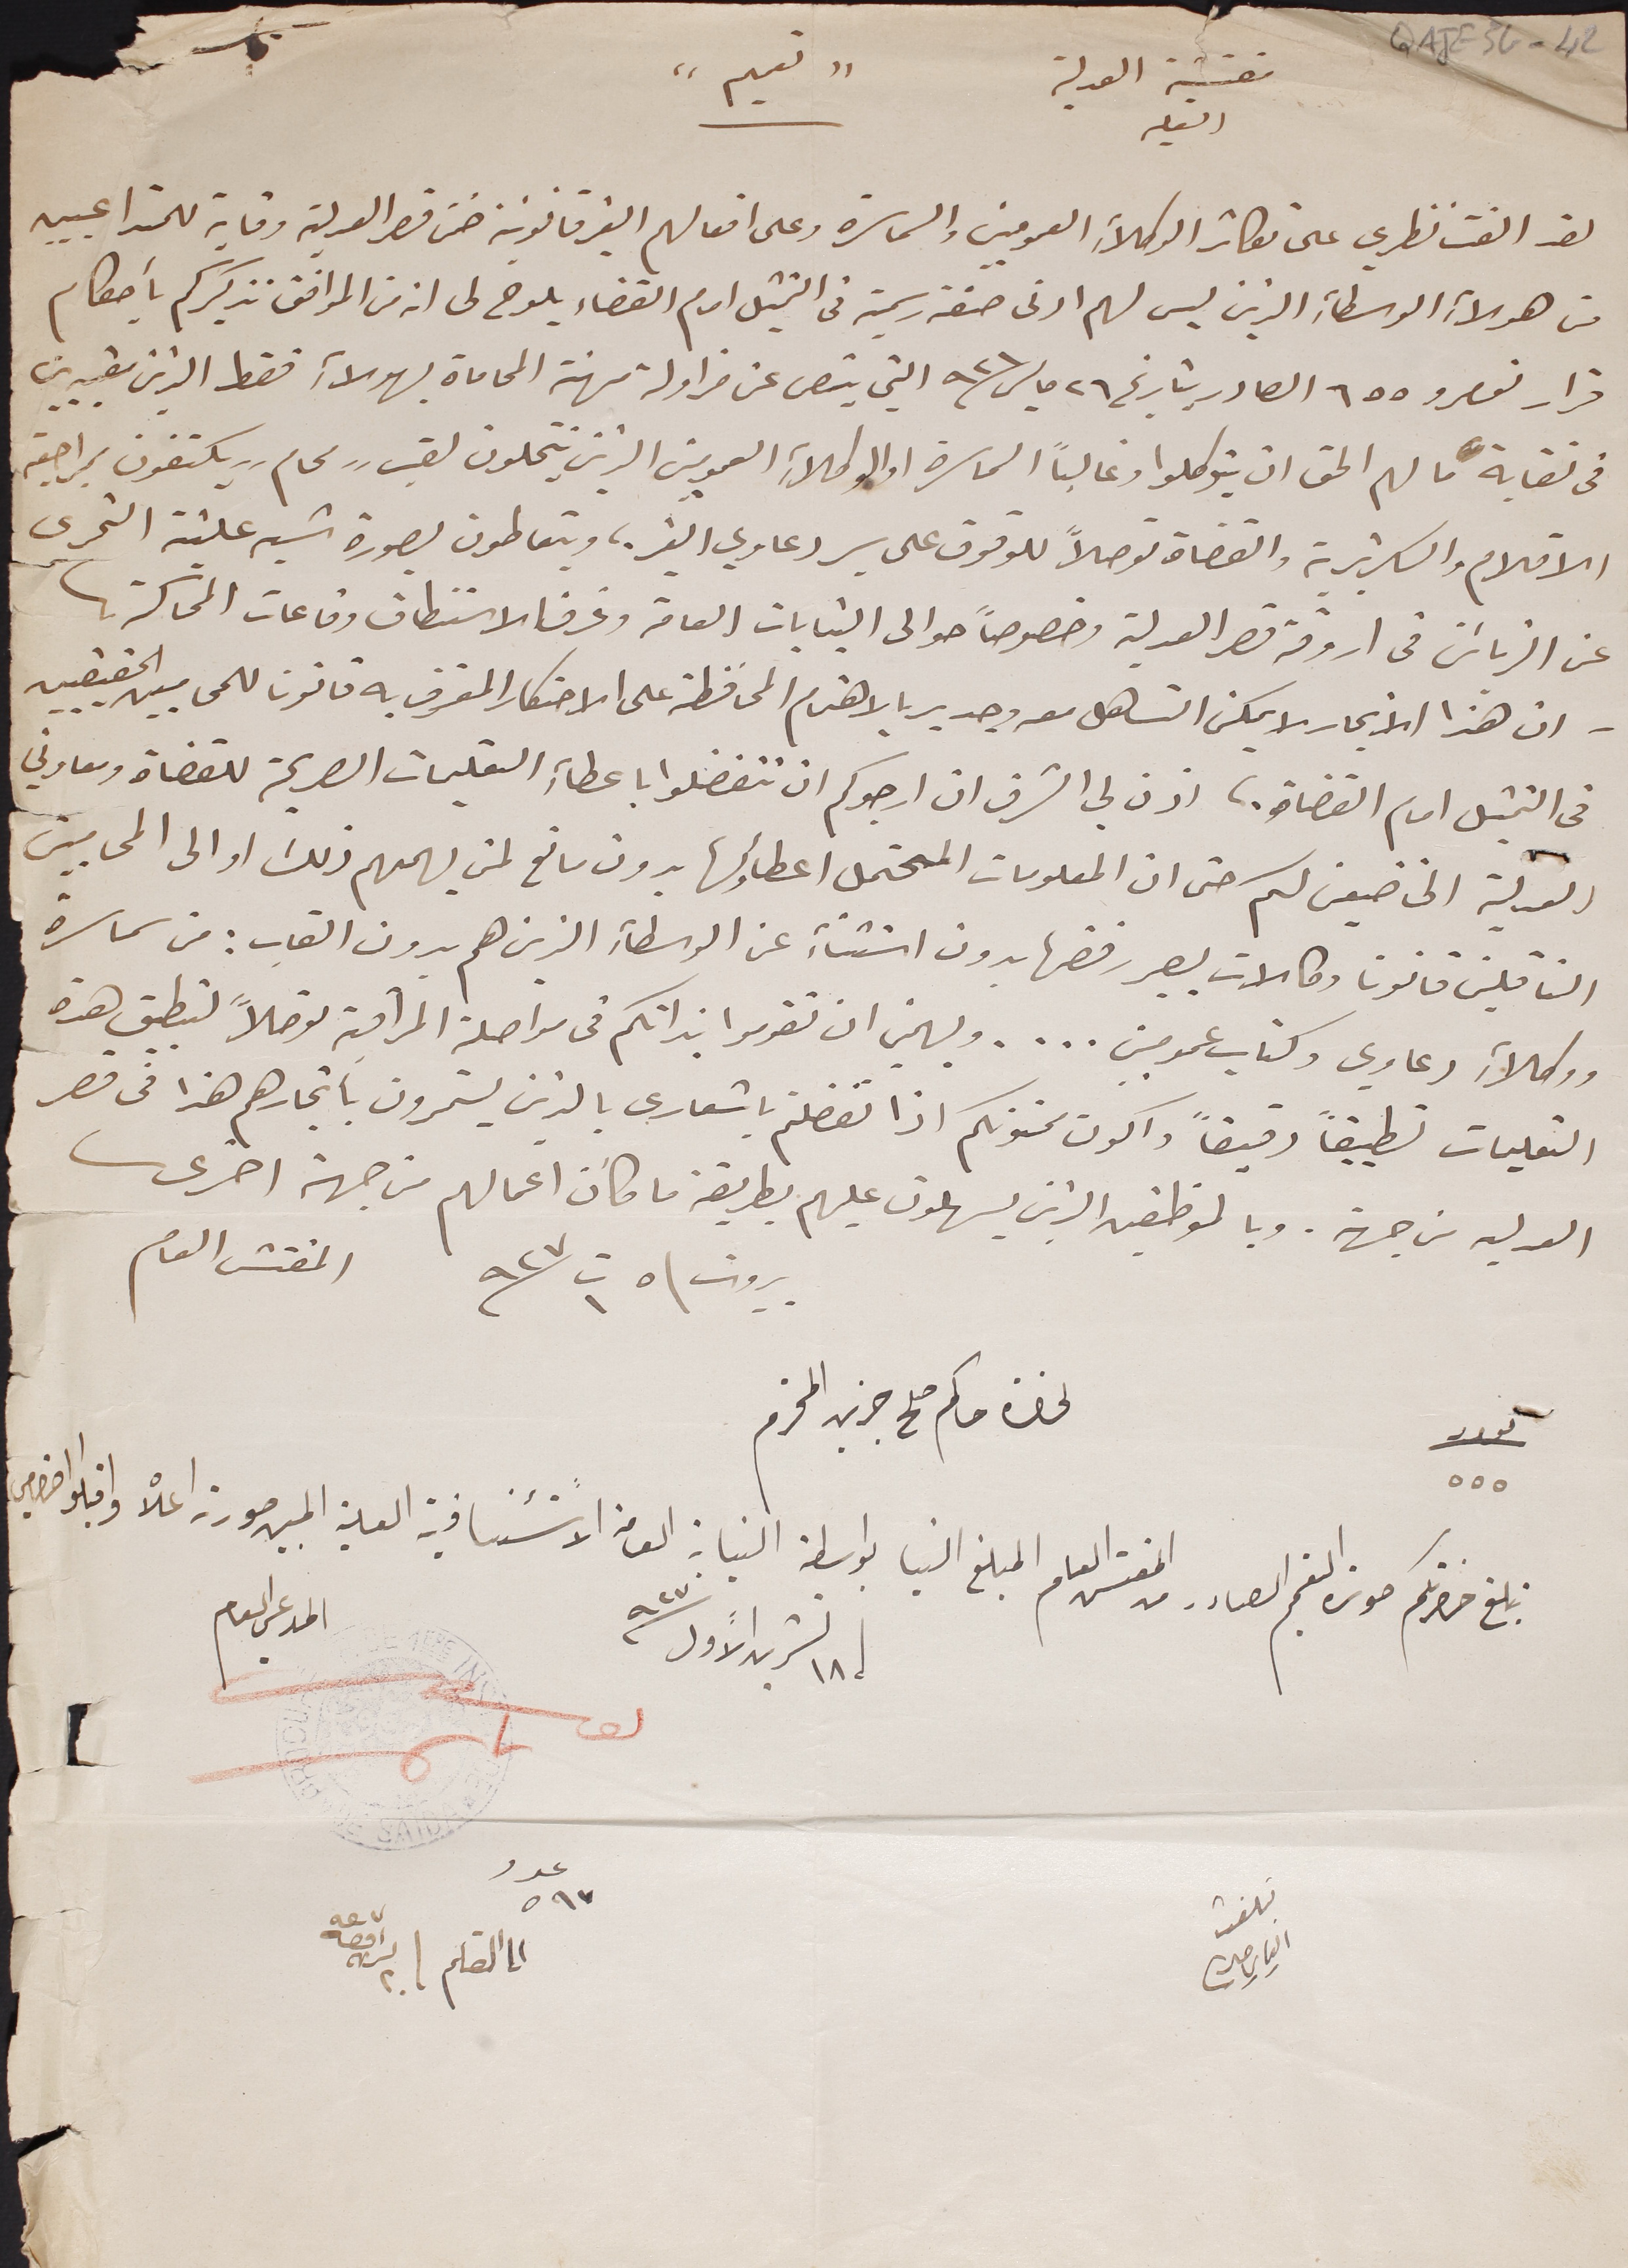
QAJE3G-42
مفتشية العدلية
" تعميم"
لقد الفت نظري على تكاثر الوكلاءِ العموميين والسماسره وعلى افعالهم الغير قانونية ضمن قصر العدليه وقاية للمتداعيين
من هؤلاءِ الوسطاءِ الذين ليس لهم ادنى صفة رسمية فى التمثيل امام القضاء يلوح لى انه من الموافق تذكيركم بأحكام
قرار نومرو ٦٥٥ الصادر بتاريخ ٢٦ مايس ٩٢١ التي ينص عن مزاولة مهنة المحاماة بهولاءِ فقط الذين مقيدين
في نقابة ما لهم الحق ان يتوكلوا وغالباً السماسرة او الوكلاءِ العموميين الذين ينتحلون لقب "محام " يكتفون بمراجعة
الاقلام والسكريترية والقضاة توصلاً للوقوف على سير دعاوي الغير؛ ويتعاطون بصورة شبه علنية التحرى
عن الزبائن فى اروقة قصر العدلية وخصوصاً حوالى البنايات العامة وغرف الاستنطاق وقاعات المحاكمة
_ ان هذا الاتجار لا يمكن التساهل معه وجدير بالاهتمام المحافظة على الاحتكار المعترف به قانونا للمحاميين الحقيقيين
فى التمثيل امام القضاة؛ اذن لي الشرف ان ارجوكم ان تتفضلوا باعطاءِ التعليمات الصريحة للقضاة ومعاوني
العدلية الخاضعين لكم حتى ان المعلومات المحتمل اعطاؤها بدون مانع لمن يهمهم ذلك او الى المحاميين
الناقلين قانون وكالات ليصير رفضها بدون استثناءِ عن الوسطاءِ الذين هم بدون القاب : من سماسرة
ووكلاءِ دعاوي وكتاب عموميين ... . ويهمني ان تقوموا بذاتكم فى مواصلة المراقبة توصلاً لتطبيق هذه
التعليمات تطبيقاً دقيقاً واكون ممنونكم اذا  تفضلتم باشعارى بالذين يستمرون بأتجارهم هذا فى قصر
العدليه من جهة. وبالموظفين الذين يسهلون عليهم بطريقة ما كان اعمالهم من جهة اخرى
بيروت \ ٥ ت١ ٩٢٧ المفتش العام
نومرو ٥٥٥
لحضرة حاكم صلح جزين المحترم
نبلغ حضرتكم صورة التعميم الصادر من المفتش العام المبلغ الينا بواسطة النيابة العامة الاستئنافية العلية المبين صورته اعلاه واقبلو احترامي
١٨ تشرين الأول ٩٢٧
المدعي العام
تبلغت الياس جبر
عدد ٥٩٧ الى القلم ٢٠ تشرين اول ٩٢٧